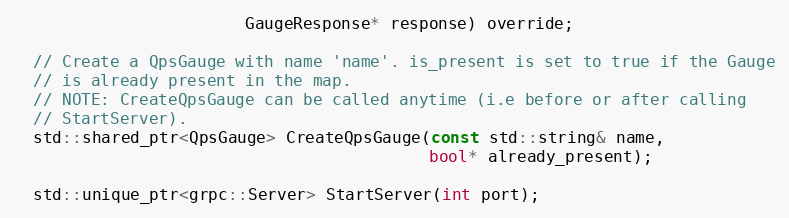
Language: C
                        GaugeResponse* response) override;

  // Create a QpsGauge with name 'name'. is_present is set to true if the Gauge
  // is already present in the map.
  // NOTE: CreateQpsGauge can be called anytime (i.e before or after calling
  // StartServer).
  std::shared_ptr<QpsGauge> CreateQpsGauge(const std::string& name,
                                           bool* already_present);

  std::unique_ptr<grpc::Server> StartServer(int port);